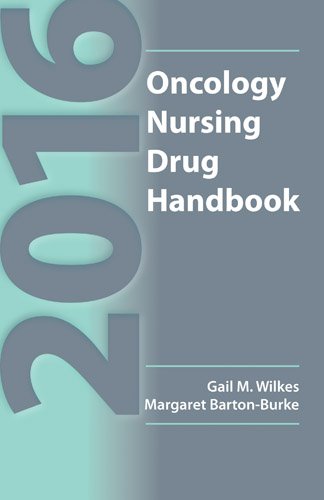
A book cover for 2016 Oncology Nursing Drug Handbook; Gail M. Wilkes; Medical Books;